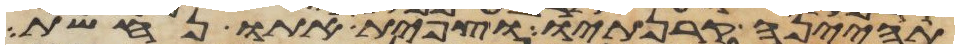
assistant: תהינה קרנתיו וצפית אתו נחשת